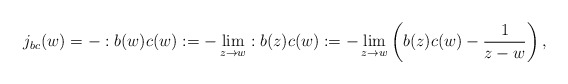
\begin{align*}j_{bc}(w)=-:b(w)c(w):=-\lim_{z\to w}:b(z)c(w):=-\lim_{z\to w}\left(b(z)c(w)-\frac{1}{z-w}\right),\end{align*}